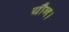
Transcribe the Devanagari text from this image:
यौन।